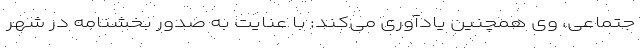
جتماعی، وی همچنین یادآوری می‌کند: با عنایت به صدور بخشنامه در شهر